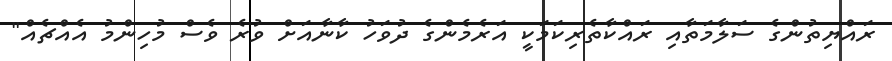
ރައްޔިތުންގެ ސަލާމަތާއި ރައްކާތެރިކަމަކީ އަރެމެންގެ ދުވަހު ކާނާއަށް ވުރެ ވެސް މުހިންމު އެއްޗެއް"